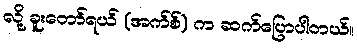
လို့ ခူးတော်ရယ် (အက်စ်) က ဆက်ပြောပါတယ်။